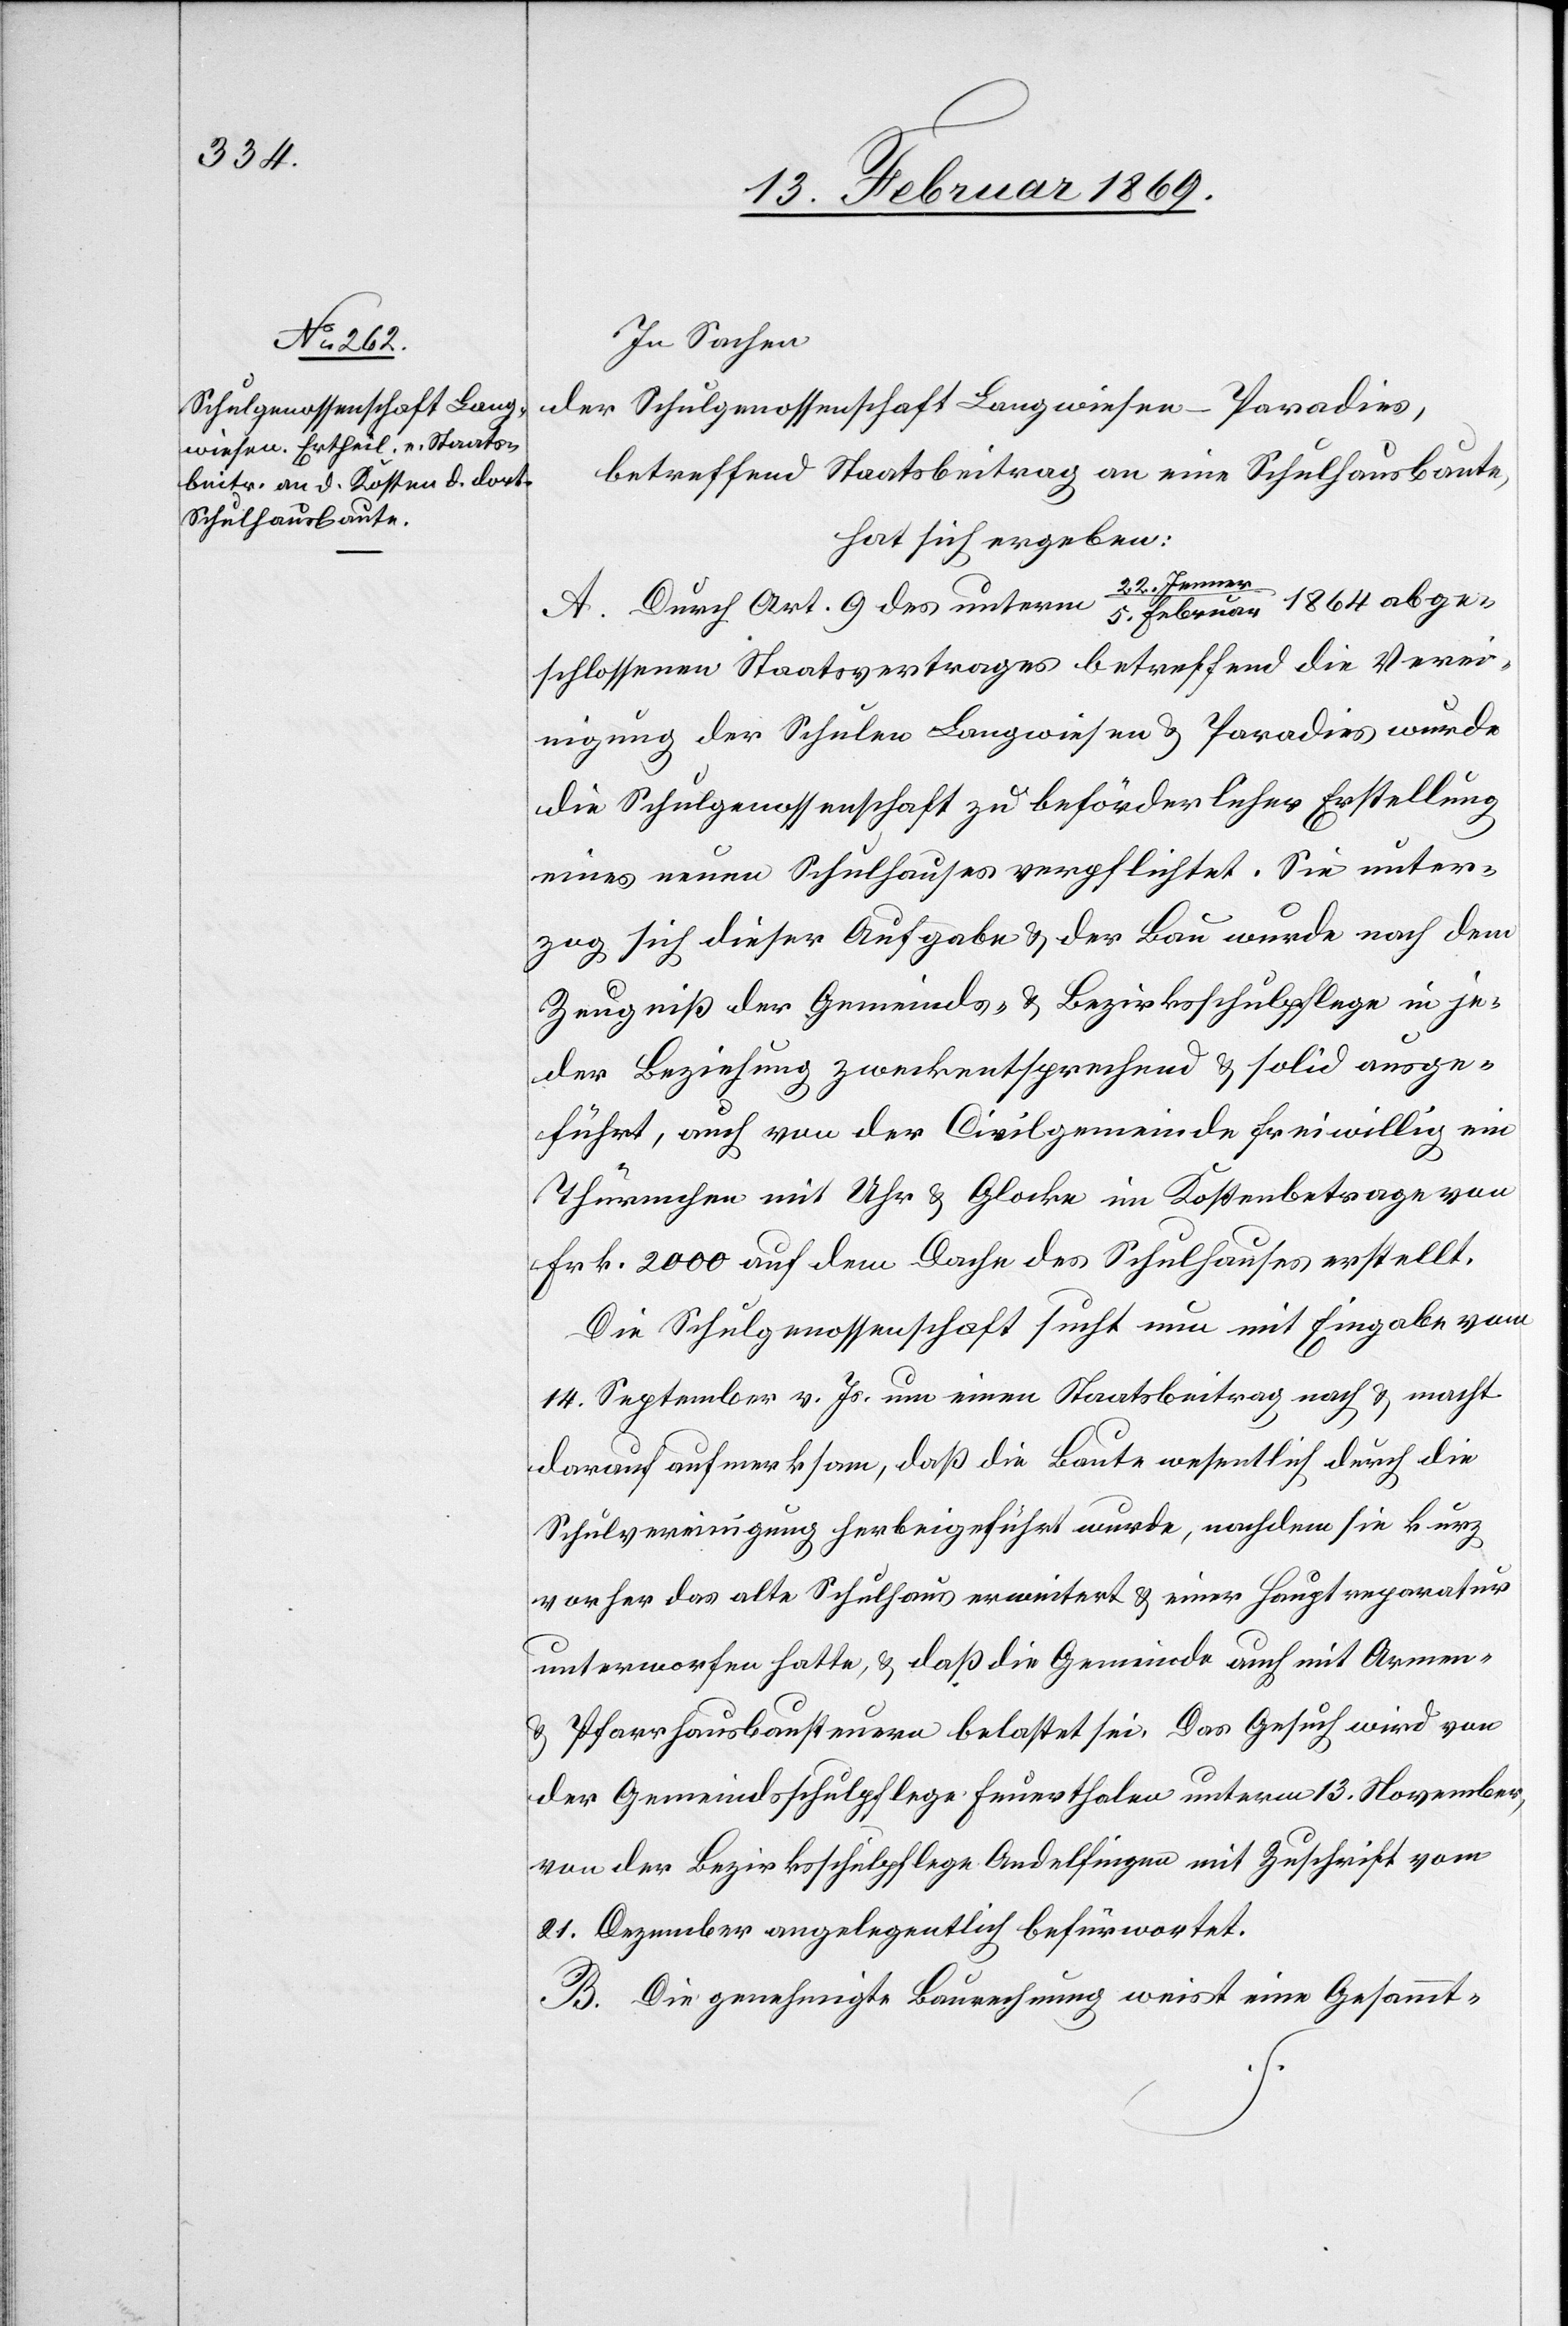
In Sachen
der Schulgenossenschaft Langwiesen-Paradies,
betreffend Staatsbeitrag an eine Schulhausbaute,
hat sich ergeben:
A. Durch Art. 9 des unterm 22. Jenne¬
r/5. Februar 1864 abge¬
schlossenen Staatsvertrages betreffend die Verei¬
nigung der Schulen Langwiesen u. Paradies wurde
die Schulgenossenschaft zu beförderlicher Erstellung
eines neuen Schulhauses verpflichtet. Sie unter¬
zog sich dieser Aufgabe u. der Bau wurde nach dem
Zeugniß der Gemeinds- u. Bezirksschulpflege in je¬
der Beziehung zweckentsprechend u. solid ausge¬
führt, auch von der Civilgemeinde freiwillig ein
Thürmchen mit Uhr u. Glocke im Kostenbetrage von
Frk. 2000 auf dem Dache des Schulhauses erstellt.
Die Schulgenossenschaft sucht nun mit Eingabe vom
14. September v. Js. um einen Staatsbeitrag nach u. macht
darauf aufmerksam, daß die Baute wesentlich durch die
Schulvereinigung herbeigeführt wurde, nachdem sie kurz
vorher das alte Schulhaus erweitert u. einer Hauptreparatur
unterworfen hatte, u. daß die Gemeinde auch mit Armen-
u. Pfarrhausbausteuern belastet sei. Das Gesuch wird von
der Gemeindsschulpflege Feuerthalen unterm 13. November,
von der Bezirksschulpflege Andelfingen mit Zuschrift vom
21. Dezember angelegentlich befürwortet.
B. Die genehmigte Baurechnung weist eine Gesammt-